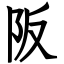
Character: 阪